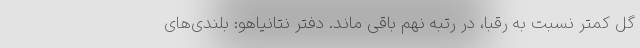
گل کمتر نسبت به رقبا، در رتبه نهم باقی ماند. دفتر نتانیاهو: بلندی‌های